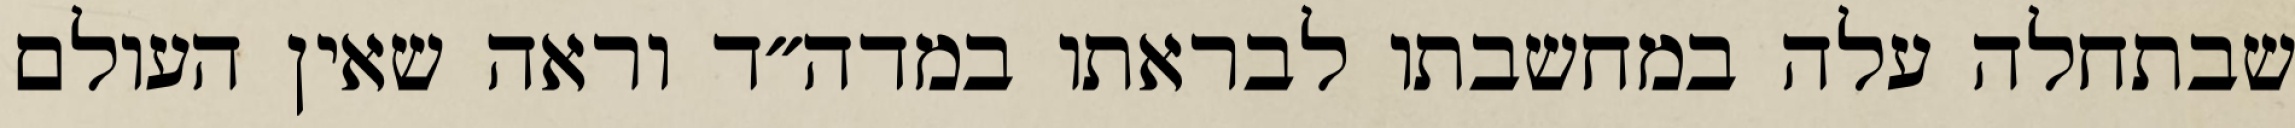
שבתחלה עלה במחשבתו לבראתו במדה״ד וראה שאין העולם